Vital statistics of India. Vol. V, Reports of 1876 on armies & jails and on epidemic cholera
Year: 1876
Disease focus: Cholera
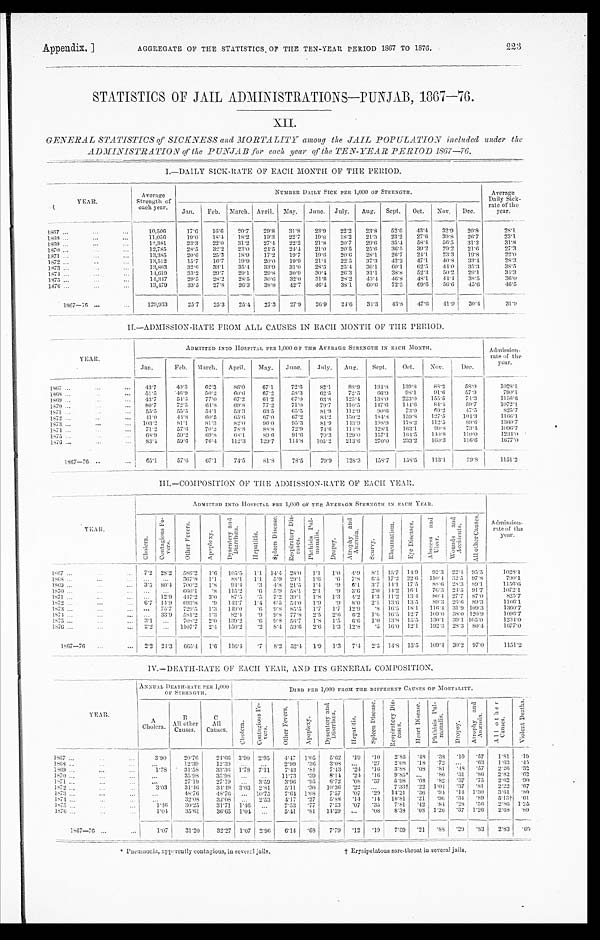
Appendix. ]
AGGREGATE OF THE STATISTICS OF THE TEN-YEAR PERIOD 1867 TO 1577.
223
STATISTICS OF JAIL ADMINISTRATIONS—PUNJAB, 1867-76.
XII.
GENERAL STATISTICS of SICKNESS and MORTALITY among the JAIL POPULATION inculded under the
ADMINISTRA TION of the PUNJAB
for each year of the TEN-YEAR PERIOD 1867—76.
I.—DAILY SICK-RATE OF EACH MONTH OF THE PERIOD.
YEAR.
Average
Strength of
each year.
NUMBER DAILY SICK PER 1,000 OF STENGTH.
Average
Daily Sick-
rate of the
year.
Jan.
Feb. March.
A p r i l . May.
June. July.
Aug.
Sept.
Oct.
Nov.
Dec.
1867
... ...
...
10,506
17.6
16.6
20.7
29.8
31.8
23.9
22.2
23.8
52.6
43.4
32.9
20.8
28.1
1 8 6 8
. . .
...
...
11,056
19.0
18.4
18.2
19.3
22.7
19.8
18.2
21.3
23.2
27.6
3098
26.7
23.1
1869 ...
...
...
12,381
23.3
22.0
31.2
27.4
2 2 . 2 21.8
20.7
29.6
35.4
58.4
56.5
31.2
31.8
1870...
...
...
12,785
28.5
32.2
23.0
24.5
24.4
21.0
20.5
25.6
36.5
39.2
29.2
21.6
27.3
1871
. . .
...
...
13,385
20.6
25.3
18.9
17.2
19.7
19.6
20.6
28.1
26.7
24.1
23.3
19.8
22.0
1872
. . .
... ...
13 , 512
15.7
16.7
19.9
20.0
19.9
21.4
22.5
37.3
42.2
47.1
40.8
33.4
28.3
1373
. . .
...
...
13,863
32.6
33.1
35.4
33.9
31.0
28.5
25.4
36.1
60.1
62.5
44.0
35.3
38.5
1874
. . .
...
...
14,619
3 3 . 2
29.7
29.1
29.8
30.9
30.4
26.3
31.1
38.8
52.3
50.2
29.1
34.3
1875
. . .
...
...
14,347
29.5
28.2
28.5
30.6
32.0
31.8
28.2
43.4
4 6 . 8
48.1
44.4
38.5
3 6 . 0
1876
. . .
...
...
13,479
33.5
27.8
26.3
38.8
42.7
46.4
38.1
60.6
72.5
69.6
56.6
45.6
46.5
1867-76
...
...
129,933
25.7
25.3
25.4
27.3
27.9
26.9
24.6
34.3
43.8
47.6
41.9
30.4
31.9
II.—ADMISSION-RATE FROM ALL CAUSES IN EACH MONTH OF THE PERIOD.
YEAR.
ADMITTED INTO HOSPITAL PER 1,000 OF THE AVERAGE STRENGTH IN EACH MONTH. .
58.0
57
. 9
74.3
Admission-
rate of the year.
Jan.
Feb.
March.
April.
May.
June.
July.
Aug.
Sept.
Oct.
Nov.
Dec.
1867
. . .
...
43.7
40.3
62.3
86.0
67.1
72.6
82.1
88.9
194.8
139.8
88.2
1028.1
1868 ...
. . .
. . .
51.5
46.9
50.2
60.6
67.2
58.3
62.5
72.5
66.9
98.1
91.6
790.1
1869 . . .
...
...
43.7
54.5
77.0
67.2
61.2
67.0
63.8
125.4
138.0
223.0
155.5
1156.6
1870 ...
. . .
. . .
80. 7
72.5
64.8
69.8
77.2
71.0
79.7
110.5
147.6
144.6
8 4 . 4
59.7
1072.4
1871 ...
. . .
. . .
55. 5
55.5
54.1
53.3
63.5
65.5
81.9
112.9
90.6
73.0
69.2
47.5
825.7
1 8 7 2
...
...
...
41.0
44.8
60.5
65.6
67.0
67.2
83.2
150.2
184.8
159.8
127.5
104.3
1166.1
1873 ...
...
...
103.2
8 1 . 1
81.3
82.0
96.0
95.3
81.9
143.9
198.9
l78.2
112.5
89.6
1360.7
1 8 7 4
...
. . .
...
71.2
5 7 . 6
70.2
78.8
88.8
72.9
74.9
114.8
128.1
163.1
99.8
73.4
1096.7
1875 ...
...
...
68.9
59.2
6 9 . 8
68.1
89.6
91.6
79.3
129.0
157.1
164.5
140.8
110.0
1234.0
1876 ...
...
...
83.4
59.6
76.4
112.3
129.7
114.8
105.2
213.6
270.0
233.2
160.3
116.6
1677..0
1867-76 . .
...
65.1
57.6
67.1
74.5
81.8
78.5
79.9
128.3
1 5 8
7
158.5
113.1
79.8
1151.2
III.—COMPOSITION OF THE ADMISSION-RATE OF EACH YEAR.
YEAR.
ADMITTED INTO HOSPITAL PER 1,000 OF THE AVERAGE STRENGTH IN EACH YEAR.
Admission-rateo f
t h e
year.
C h o l e r a .
C o n t a g i o u s F e v e r s .
O t h e r F e v e r s .
A p o p l e x y .
D y s e n t r y a n d D i a r r h œ a .
H e p a t i t i s .
S p l e e n D i s e a s e . R e s p i r a t o r y D i s e a s e s .
P h t h i s i s P u l m o n a l i s .
D r o p a y .
A t r o p h y a n d A n æ m i a .
S c u r v y .
R h e u m a t i s m .
E y e D i s e a s e s .
A b c e s s a n d U l c e r .
Wounds and Acci dents.
A l l o t h e r C a u s e s .
1867 ...
...
...
7.2 28.2
586.2
1.6 105.5
1.1 14.4 28.0
1.1
1.0 4. 9
8.1 15.7 14.9
92.3 22.4 95.5
1028.1
1868 ...
...
...
...
...
367.8
1.1
88.1
1.1
5.9 29.1
1.6
. 6 7.8
6.5 17.2 22.6 110.4 32.5 97.8
790.1
1869 ...
. . .
. . . 3.5 80.4 700.2
1.8
94.4
.3
4. 8 21.5
1.4
. 9 6.1
3.7 14.1 17.5
88.6 28.3 89.1
1156.6
1870 ...
...
...
...
...
660.1
. 8 115.2
.6
5.9 58.1
2.1
. 9 3.6
2.0 14.2 16.1
76.3 24.5 91.7
1072.1
1871 ...
...
... ...
12.9
447.2 3.0
87.5
.5
7.2 39.1
1.8
1.3
4.2
1 . 3
11.2
13.4
80.4 27.7 87.0
825.7
1872 ...
. . .
...
6.7 14.9 693.8
. 9 143.7
1.4
6.5 53.0 1.9
. 9
8 . 0
2..
13.6
13.5
89.3 26.6 89.3
1166.1
1873 ...
. . .
...
...
75.7
729.5
1 . 3 149.0
. 6 9.8 85.5
1.7
1.7 12.9
. 8 16.5 18.1
116.4 31.9 109.3
1360.7
1874 ...
...
... ...
33.9
581.2
1.3
82.4
.9
9.8 77.8
2.5
2.6 6.2 1.0 16.5 12.7
109.0 38.0 120.9
1096.7
1875 ...
...
...
3.1 ...
708.2
2.0
139.2
. 6 9.8 56.7
1.8 1.5
6 . 6 1.0 13.8 15.5
130.1 39.1 105.0
1234.0
1876 ...
...
...
2.2
...
1107.7
2.4 150.2
.2
8.4 59.6
2.6
1.3 12.8
. 5 16.0 12.1
192.3 28.3 80.4
1677.0
1867—76
...
...
2.2 24.3
665.4
1.6
116.4
.7
8.2 52.4 1.9
1.3 7.4 2.5 14.8 15.5
109.4 30.2 97.0
1151.2
IV.—DEATH-RATE OF EACH YEAR, AND ITS GENERAL COMPOSITION.
ANNUAL DEATH-RATE PER 1,000
OF STRENGTH.
DIED PER 1,000 FROM THE DIFFERENT CAUSES OF MORTALITY.
YE A R.
A
Cholera.
B
All other
Causes.
C
All
Causes.
Cholera.
C o n t a g i o u s F e v e r s .
O t h e r F e v e r s .
A p o p l e x y .
D y s e n t r y a n d D i a r r h œ a .
H e p a t i t i s .
S p l e e n D i s e a s e .
R e s p i r a t o r y D i s e a s e s .
H e a r t D i s e a s e .
P h t h i s i s P u l m o n a l i s .
D r o p s y .
At r ophy a nd Anæmi a .
A l l o t h e r c a u s e s .
V i o l e n t D e a t h s .
1867 ...
...
. . .
3.90
20.76
24.66
3.90 2'95
4.47
1.05
5.62
. 1 9
.10
2.85
. 4 8 .38
. 1 0 .57
1.81
.19
1868 ...
...
...
...
12.39
12.39
...
...
2.99
.36
3.08
...
.27
2.08
. 1 8 .72 ...
.63
1.63
.45
1869 ...
...
...
1 . 7 8
31.58
33.36 1.78 7.11
7.43
.81
7.43
. 2 4 .16
3.88
. 0 8 .81
. 4 8 .57
2.26
.32
1870 ...
. . .
...
...
3 5 . 9 8
35.98
...
...
11.73
.39
8.14
. 2 4
.16
9.85
...
.86
. 3 1 .86
2.82
.62
1871 ...
...
...
...
27.19
27.19
...
3.59
3.96
.95
6.72
. 0 8
.37
5.98
. 0 8 .82
. 3 7 .75
2.62
.90
1872 ...
...
...
3.03
31.46
34.49 3.03 2.81
5.11
.30 10.36
. 2 2 ...
7 . 3 3 †
. 2 2 1.04
. 3 7 .81
2.22
.67
1873 ...
. . .
...
...
48.76
48.76
... 10.75
7.64 1.08
7.57
. 0 7
.29 14.21
. 3 6 .94
. 1 4 1.30
3.61
.80
1874 . . .
. . .
. . .
. . .
32.08
32.08 ...
25.3
4.17
.27
5.88
.14
.14 10.81
. 2 1
.96
. 3 4 .89
5.13†
.61
1875 ...
. . .
. . .
1 . 4 6
30.25
31.71
1 . 4 6
. . .
7.53
.77
7.53
. 0 7
.35
7.81
. 4 2
. 8 4
. 2 8 .56
2.86 1.25
1876 ...
...
...
1.04
3 5 . 6 1
36.65 1.04
. . .
5 . 4 1
.81
1 4 . 3 9
. . .
.08
8 . 3 8
. 0 8
1 . 2 6
. 3 7
1 . 2 6
2.68
.89
1867—76 ...
. . .
1.07
31.20
32.27 1.07 2.96
6.14
.68
7.79
. 1 2 . 19
7.59
. 2 1 .88
. 2 9
. 8 3 2.83
. 6 9
* Pneumonia, apparently contagious, iu several jails.
† Erysipelatous sore-throat in several jails.